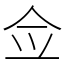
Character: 佥